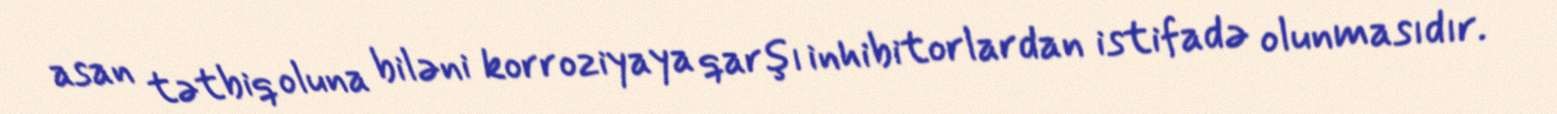
asan tətbiq oluna biləni korroziyaya qarşı inhibitorlardan istifadə olunmasıdır.